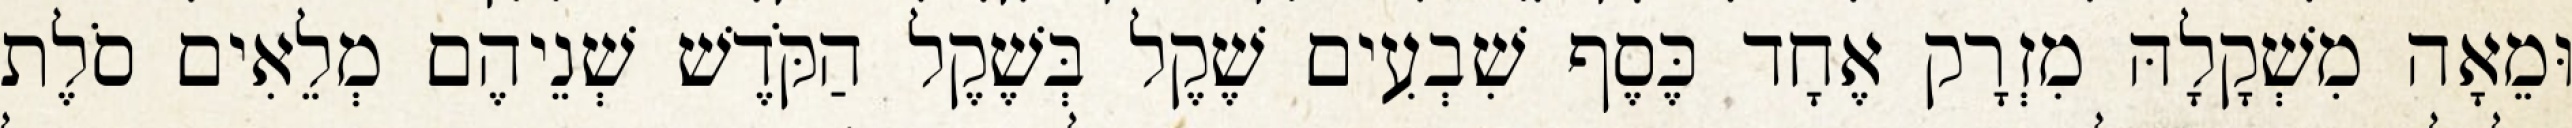
וּמֵאָה מִשְׁקָלָהּ מִזְרָק אֶחָד כֶּסֶף שִׁבְעִים שֶׁקֶל בְּשֶׁקֶל הַקֹּדֶשׁ שְׁנֵיהֶם מְלֵאִים סֹלֶת